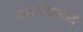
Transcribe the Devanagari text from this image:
कातरण्यासाठी